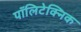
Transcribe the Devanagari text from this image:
पॉलिटेक्‍निक